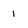
Character: 1